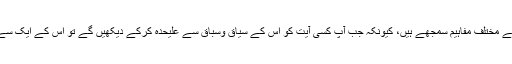
ہر فرقے نے ایک ہی آیت کے مختلف مفاہیم سمجھے ہیں، کیونکہ جب آپ کسی آیت کو اس کے سیاق وسباق سے علیحدہ کرکے دیکھیں گے تو اس کے ایک سے زیادہ مفاہیم بن سکتے ہیں۔